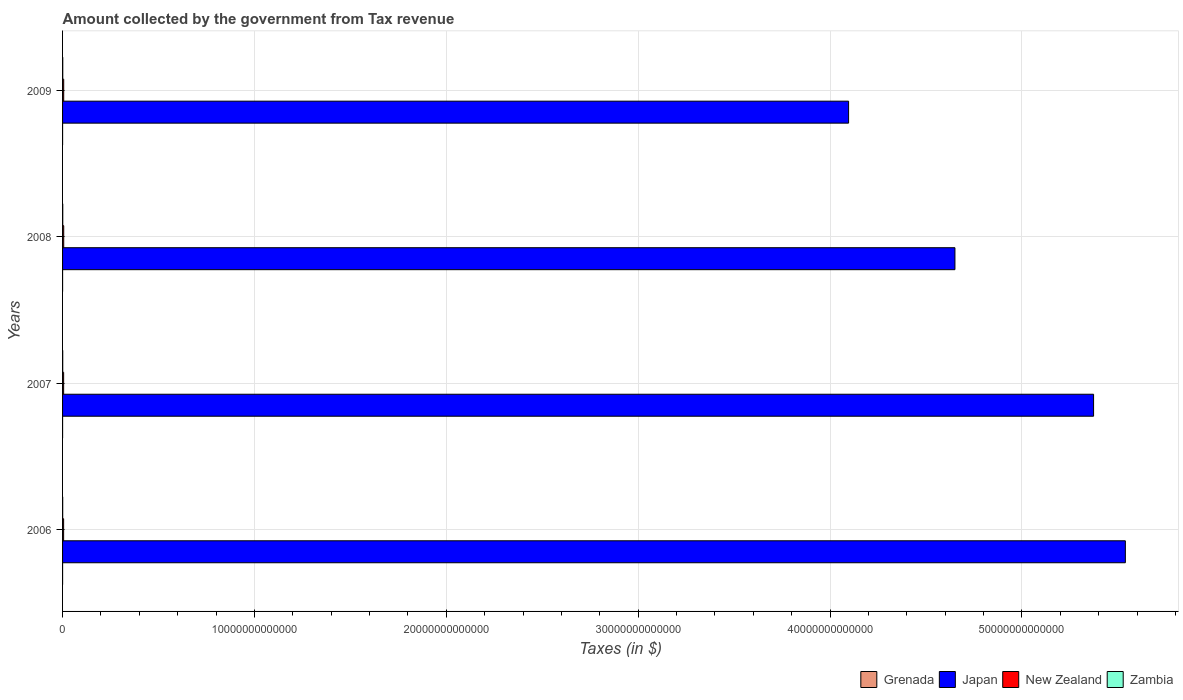
| Years | Grenada | Japan | New Zealand | Zambia |
 | --- | --- | --- | --- | --- |
 | 2006 | 3.6e+08 | 5.54e+13 | 5.5e+10 | 6.3e+09 |
 | 2007 | 4.03e+08 | 5.37e+13 | 5.62e+10 | 7.8e+09 |
 | 2008 | 4.34e+08 | 4.65e+13 | 5.97e+10 | 9.54e+09 |
 | 2009 | 3.8e+08 | 4.1e+13 | 5.96e+10 | 9.67e+09 |